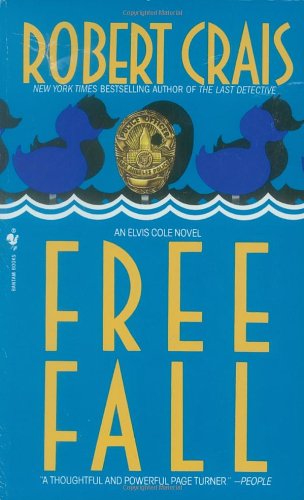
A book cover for Free Fall (Elvis Cole); Robert Crais; Mystery, Thriller & Suspense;